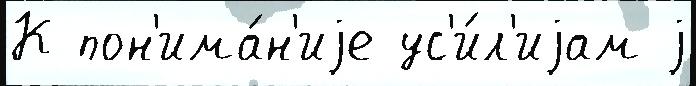
К пон'има́н'иjе ус'и́л'иjам j